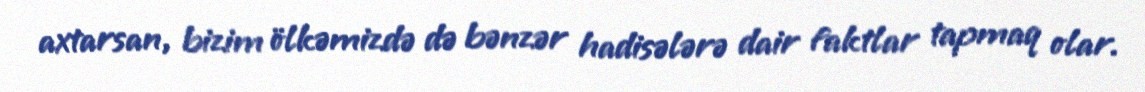
axtarsan, bizim ölkəmizdə də bənzər hadisələrə dair faktlar tapmaq olar.